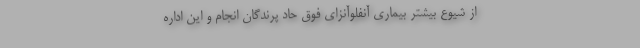
از شیوع بیشتر بیماری آنفلوآنزای فوق حاد پرندگان انجام و این اداره